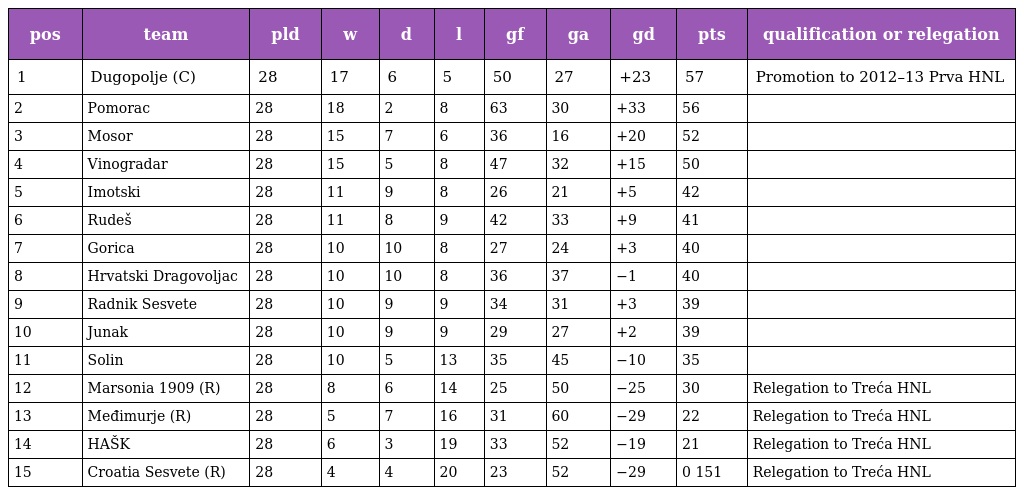
| pos | team | pld | w | d | l | gf | ga | gd | pts | qualification or relegation |
 | --- | --- | --- | --- | --- | --- | --- | --- | --- | --- | --- |
 | 1 | Dugopolje (C) | 28 | 17 | 6 | 5 | 50 | 27 | +23 | 57 | Promotion to 2012–13 Prva HNL |
 | 2 | Pomorac | 28 | 18 | 2 | 8 | 63 | 30 | +33 | 56 |  |
 | 3 | Mosor | 28 | 15 | 7 | 6 | 36 | 16 | +20 | 52 |  |
 | 4 | Vinogradar | 28 | 15 | 5 | 8 | 47 | 32 | +15 | 50 |  |
 | 5 | Imotski | 28 | 11 | 9 | 8 | 26 | 21 | +5 | 42 |  |
 | 6 | Rudeš | 28 | 11 | 8 | 9 | 42 | 33 | +9 | 41 |  |
 | 7 | Gorica | 28 | 10 | 10 | 8 | 27 | 24 | +3 | 40 |  |
 | 8 | Hrvatski Dragovoljac | 28 | 10 | 10 | 8 | 36 | 37 | −1 | 40 |  |
 | 9 | Radnik Sesvete | 28 | 10 | 9 | 9 | 34 | 31 | +3 | 39 |  |
 | 10 | Junak | 28 | 10 | 9 | 9 | 29 | 27 | +2 | 39 |  |
 | 11 | Solin | 28 | 10 | 5 | 13 | 35 | 45 | −10 | 35 |  |
 | 12 | Marsonia 1909 (R) | 28 | 8 | 6 | 14 | 25 | 50 | −25 | 30 | Relegation to Treća HNL |
 | 13 | Međimurje (R) | 28 | 5 | 7 | 16 | 31 | 60 | −29 | 22 | Relegation to Treća HNL |
 | 14 | HAŠK | 28 | 6 | 3 | 19 | 33 | 52 | −19 | 21 | Relegation to Treća HNL |
 | 15 | Croatia Sesvete (R) | 28 | 4 | 4 | 20 | 23 | 52 | −29 | 0 151 | Relegation to Treća HNL |